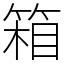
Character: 箱